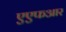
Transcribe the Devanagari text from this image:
एएफआर